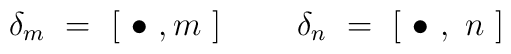
\delta_m \  =  \ [ \ \bullet \ , m \ ] \ \ \ \ \ \ \ \delta_n \  =  \ [ \ \bullet \ , \ n \ ]